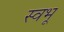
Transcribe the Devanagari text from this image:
स्वभू